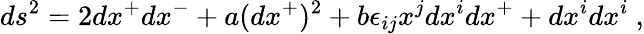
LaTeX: ds^{2}=2dx^{+}dx^{-}+a(dx^{+})^{2}+b\epsilon_{ij}x^{j}dx^{i}dx^{+}+dx^{i}dx^{i}~,